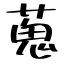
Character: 蒐